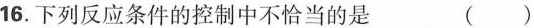
16. 下列反应条件的控制中不恰当的是 ()